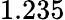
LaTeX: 1.235